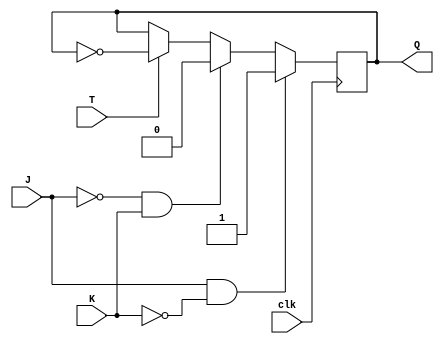
module t_flipflop(
    input T, 
    input J, 
    input K,
    input clk,
    output reg Q
    );

always @(posedge clk)
begin
    if(J & ~K)
        Q <= 1'b1; // Set output
    else if(~J & K)
        Q <= 1'b0; // Reset output
    else if(T)
        Q <= ~Q; // Toggle output on rising edge of clock
end

endmodule